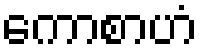
ကောစာဟံ